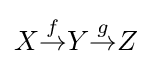
X{\overset {f}{\to }}Y{\overset {g}{\to }}Z